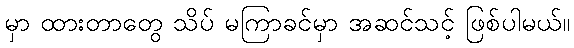
မှာ ထားတာတွေ သိပ် မကြာခင်မှာ အဆင်သင့် ဖြစ်ပါမယ်။